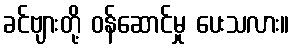
ခင်ဗျားတို့ ဝန်ဆောင်မှု ပေးသလား။